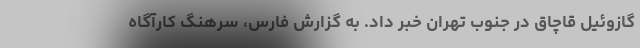
گازوئیل قاچاق در جنوب تهران خبر داد. به گزارش فارس، سرهنگ کارآگاه